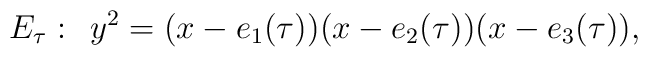
E_{\tau}: \: \:  y^2 = (x-e_1(\tau))(x-e_2(\tau))(x-e_3(\tau)),